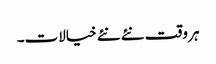
ہر وقت نئے نئے خیالات۔